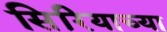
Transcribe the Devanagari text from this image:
सिरियाच्या